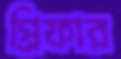
প্রিফার